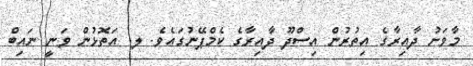
މާވަށު ދާއިރާގެ އިތުރުން އިސްދޫ ދާއިރާގެ ކެމްޕޭނުގައެވެ. ލ. އަތޮޅުން ވަނީ ނައިބް